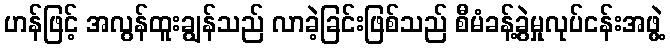
ဟန်ဖြင့် အလွန်ထူးချွန်သည် လာခဲ့ခြင်းဖြစ်သည် စီမံခန့်ခွဲမှုလုပ်ငန်းအဖွဲ့